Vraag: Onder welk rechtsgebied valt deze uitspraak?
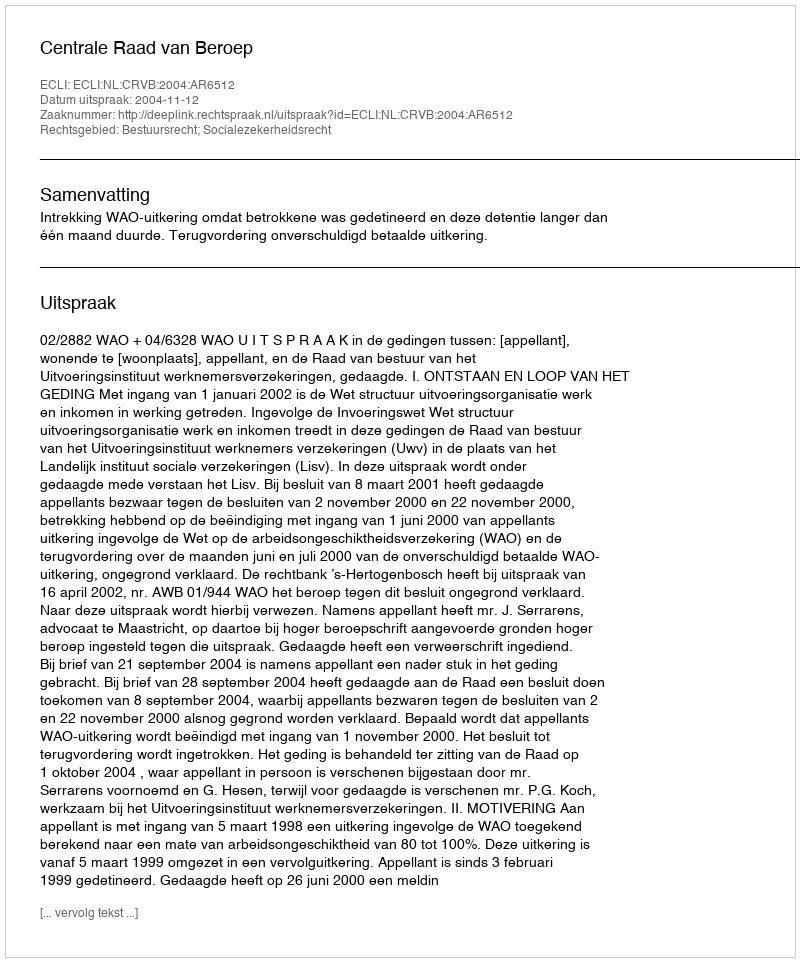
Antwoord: Bestuursrecht; Socialezekerheidsrecht